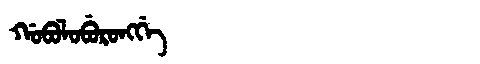
Manchu: ᡤᠣᠪᠣᠯᠣᠪᡠᡵᠣᠩᡤᡝ
Romanization: GOBOLOBURONGGE